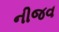
નીજવ